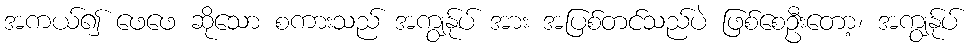
အကယ်၍ ဖေဖေ ဆိုသော စကားသည် အကျွန်ုပ် အား အပြစ်တင်သည်ပဲ ဖြစ်စေဦးတော့၊ အကျွန်ုပ်